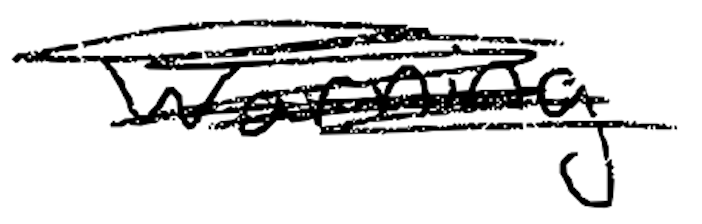
Text: warning
Cross-out: scratch
Writing tool: digital_black